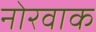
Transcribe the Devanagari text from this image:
नोरवाक